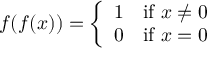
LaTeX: f ( f ( x ) ) = { \left\{ \begin{array} { l l } { 1 } & { { \mathrm { i f ~ } } x \neq 0 } \\ { 0 } & { { \mathrm { i f ~ } } x = 0 } \end{array} \right. }